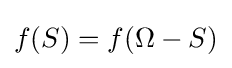
f(S)=f(\Omega -S)